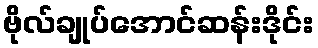
ဗိုလ်ချုပ်အောင်ဆန်းဒိုင်း